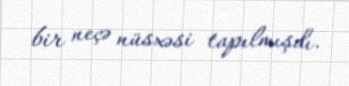
bir neçə nüsxəsi tapılmışdı.